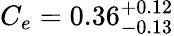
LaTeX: C_{e}=0.36_{-0.13}^{+0.12}